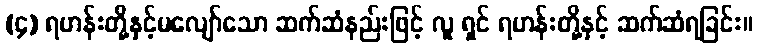
(၄) ရဟန်းတို့နှင့်မလျော်သော ဆက်ဆံနည်းဖြင့် လူ ရှင် ရဟန်းတို့နှင့် ဆက်ဆံရခြင်း။